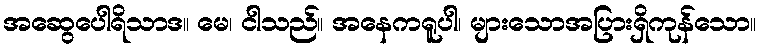
အဆွေပေါရိသာဒ။ မေ၊ ငါသည်။ အနေကရူပါ၊ များသောအပြားရှိကုန်သော။